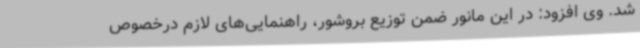
شد. وی افزود: در این مانور ضمن توزیع بروشور، راهنمایی‌های لازم درخصوص